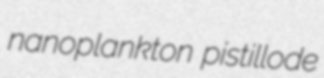
nanoplankton pistillode